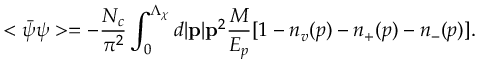
< \bar { \psi } \psi > = - \frac { N _ { c } } { \pi ^ { 2 } } \int _ { 0 } ^ { \Lambda _ { \chi } } d | { \bf p } | { \bf p } ^ { 2 } \frac { M } { E _ { p } } [ 1 - n _ { v } ( p ) - n _ { + } ( p ) - n _ { - } ( p ) ] .